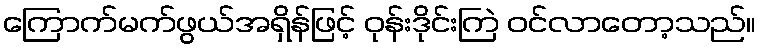
ကြောက်မက်ဖွယ်အရှိန်ဖြင့် ဝုန်းဒိုင်းကြဲ ဝင်လာတော့သည်။